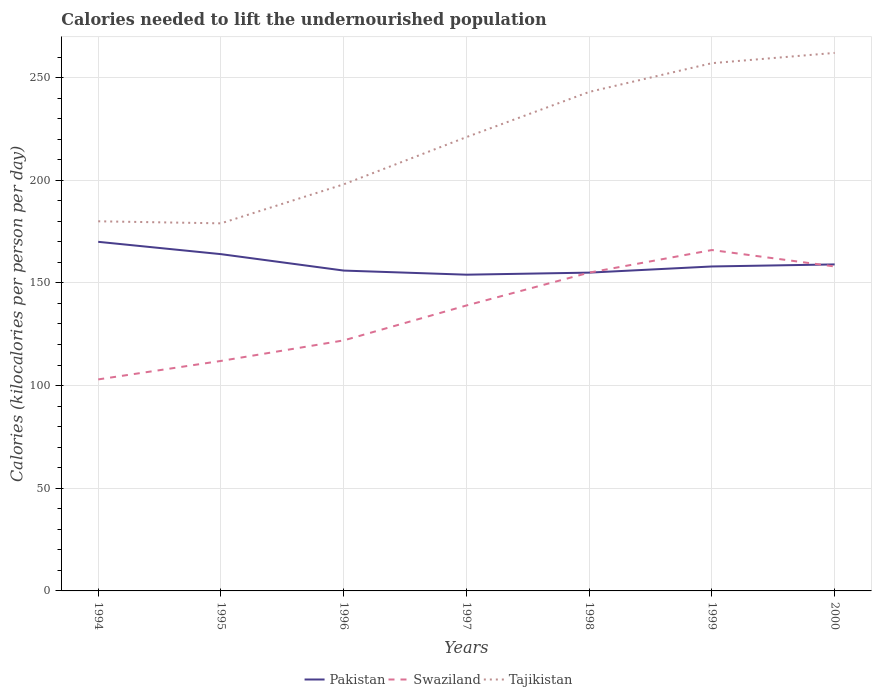
| Years | Pakistan | Swaziland | Tajikistan |
 | --- | --- | --- | --- |
 | 1994 | 170 | 103 | 180 |
 | 1995 | 164 | 112 | 179 |
 | 1996 | 156 | 122 | 198 |
 | 1997 | 154 | 139 | 221 |
 | 1998 | 155 | 155 | 243 |
 | 1999 | 158 | 166 | 257 |
 | 2000 | 159 | 158 | 262 |